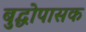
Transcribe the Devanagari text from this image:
बुद्धोपासक